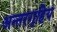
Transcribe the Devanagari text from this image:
अन्तरगृहिय